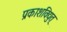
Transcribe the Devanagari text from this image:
प्रकाशविद्युत्‌